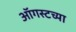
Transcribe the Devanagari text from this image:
आॅगस्टच्या